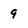
Character: 9